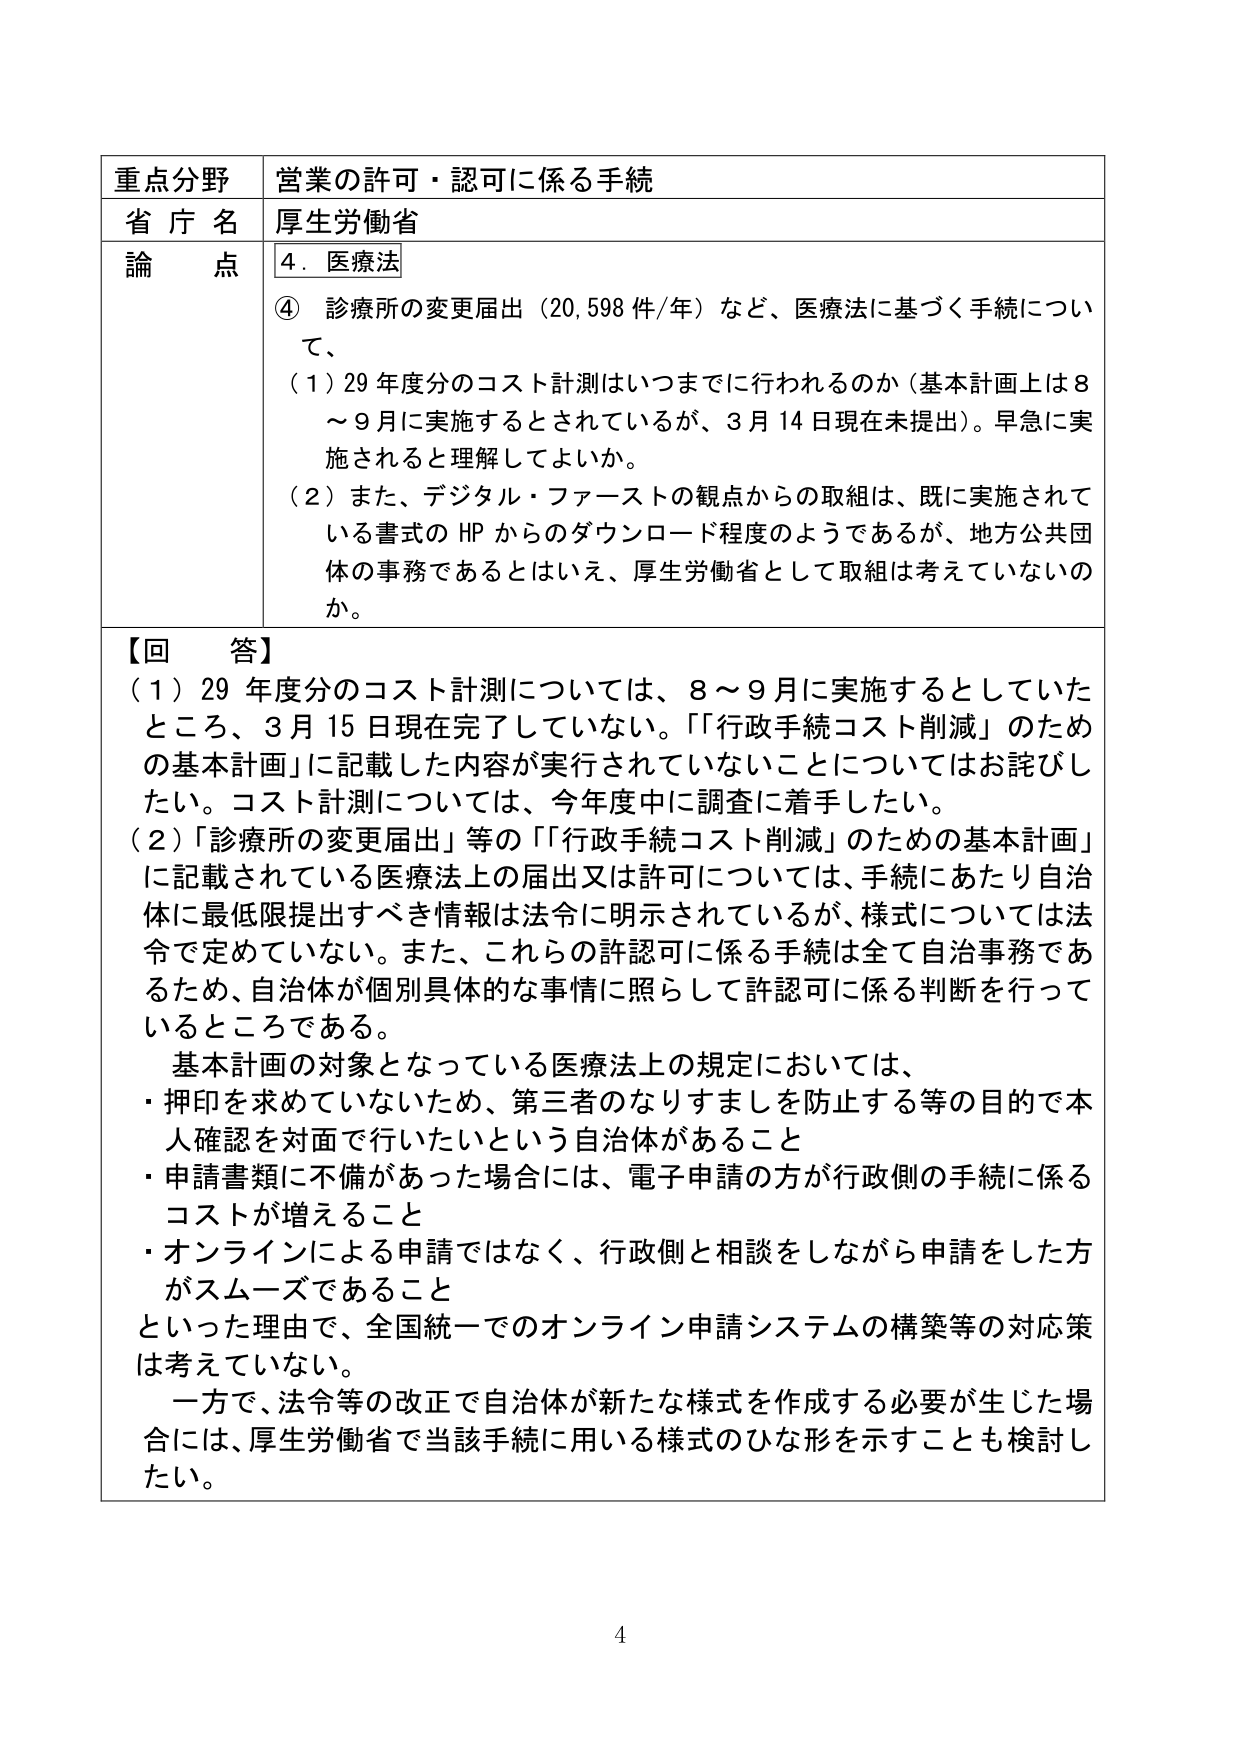
重点分野 営業の許可・認可に係る手続
省庁名 厚生労働省
論点 4．医療法
④ 診療所の変更届出（20,598件/年）など、医療法に基づく手続について、
（1）29年度分のコスト計測はいつまでに行われるのか（基本計画上は8～9月に実施するとされているが、3月14日現在未提出）。早急に実施されると理解してよいか。
（2）また、デジタル・ファーストの観点からの取組は、既に実施されている書式のHPからのダウンロード程度のようであるが、地方公共団体の事務であるとはいえ、厚生労働省として取組は考えていないのか。

【回答】
（1）29年度分のコスト計測については、8～9月に実施するとしていたところ、3月15日現在完了していない。「行政手続コスト削減」のための基本計画に記載した内容が実行されていないことについてはお詫びしたい。コスト計測については、今年度中に調査に着手したい。
（2）「診療所の変更届出」等の「行政手続コスト削減」のための基本計画に記載されている医療法上の届出又は許可については、手続にあたり自治体に最低限提出すべき情報は法令に明示されているが、様式については法令で定めていない。また、これらの許認可に係る手続は全て自治事務であるため、自治体が個別具体的な事情に照らして許認可に係る判断を行っているところである。
基本計画の対象となっている医療法上の規定においては、
・押印を求めていないため、第三者のなりすましを防止する等の目的で本人確認を対面で行いたいという自治体があること
・申請書類に不備があった場合には、電子申請の方が行政側の手続に係るコストが増えること
・オンラインによる申請ではなく、行政側と相談をしながら申請をした方がスムーズであること
といった理由で、全国統一でのオンライン申請システムの構築等の対応策は考えていない。
一方で、法令等の改正で自治体が新たな様式を作成する必要が生じた場合には、厚生労働省で当該手続に用いる様式のひな形を示すことも検討したい。

4